Vaccination in Bombay 1863-1868 - 1863-1868
Year: 1863
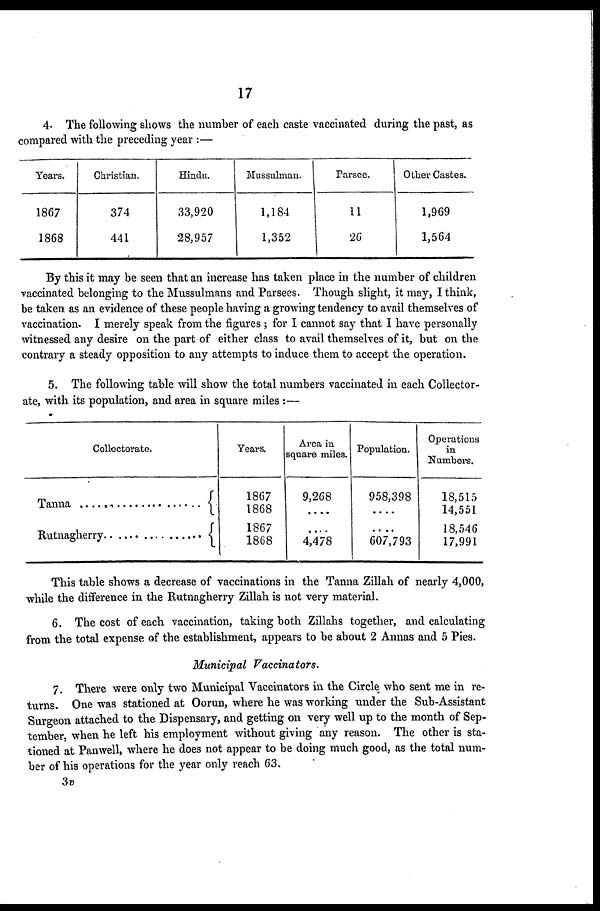
17
4. The following shows the number of each caste vaccinated during the past, as
compared with the preceding year :—
Years.
1867
1868
Christian.
374
441
Hindu.
33,920
28,957
Mussulman.
1,184
1,352
Parsee.
11
26
Other Castes.
1,969
1,564
By this it may be seen that an increase has taken place in the number of children
vaccinated belonging to the Mussulmans and Parsees. Though slight, it may, I think,
be taken as an evidence of these people having a growing tendency to avail themselves of
vaccination. I merely speak from the figures ; for I cannot say that I have personally
witnessed any desire on the part of either class to avail themselves of it, but on the
contrary a steady opposition to any attempts to induce them to accept the operation.
5. The following table will show the total numbers vaccinated in each Collector¬
ate, with its population, and area in square miles :—
Collectorate.
Tanna ......................
Rutnagherry ....................
Years.
1867
1868
1867
1868
Area in
square miles.
9,268
....
....
4,478
Population.
958,398
....
....
607,793
Operations
in
Numbers.
18,515
14,551
18,546
17,991
This table shows a decrease of vaccinations in the Tanna Zillah of nearly 4,000,
while the difference in the Rutnagherry Zillah is not very material.
6. The cost of each vaccination, taking both Zillahs together, and calculating
from the total expense of the establishment, appears to be about 2 Annas and 5 Pies.
Municipal Vaccinators.
7. There were only two Municipal Vaccinators in the Circle who sent me in re-
turns. One was stationed at Oorun, where he was working under the Sub-Assistant
Surgeon attached to the Dispensary, and getting on very well up to the month of Sep-
tember, when he left his employment without giving any reason. The other is sta-
tioned at Panwell, where he does not appear to be doing much good, as the total num-
ber of his operations for the year only reach 63.
3v